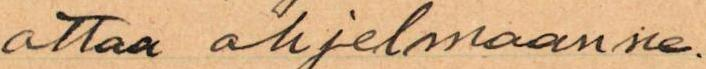
ottaa ohjelmaanne.